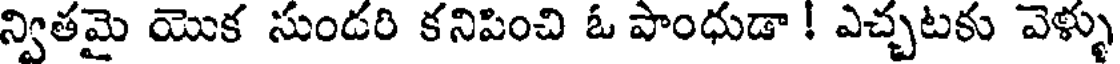
న్వితమై యొక సుండరి కనిపించి ఓ పాంధుడా ! ఎచ్చటకు వెళ్ళు